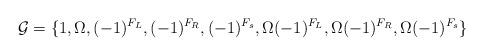
LaTeX: \begin{align*}{\cal G} = \{1, \Omega, (-1)^{F_L}, (-1)^{F_R}, (-1)^{F_s}, \Omega(-1)^{F_L}, \Omega (-1)^{F_R}, \Omega (-1)^{F_s}\}\end{align*}